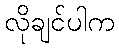
လိုချင်ပါက